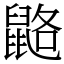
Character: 䶅